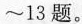
~13题。